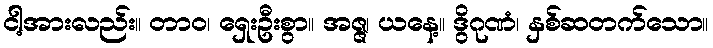
ငါ့အားလည်း။ တာဝ၊ ရှေးဦးစွာ။ အဇ္ဇ၊ ယနေ့။ ဒွိဂုဏံ၊ နှစ်ဆတက်သော။